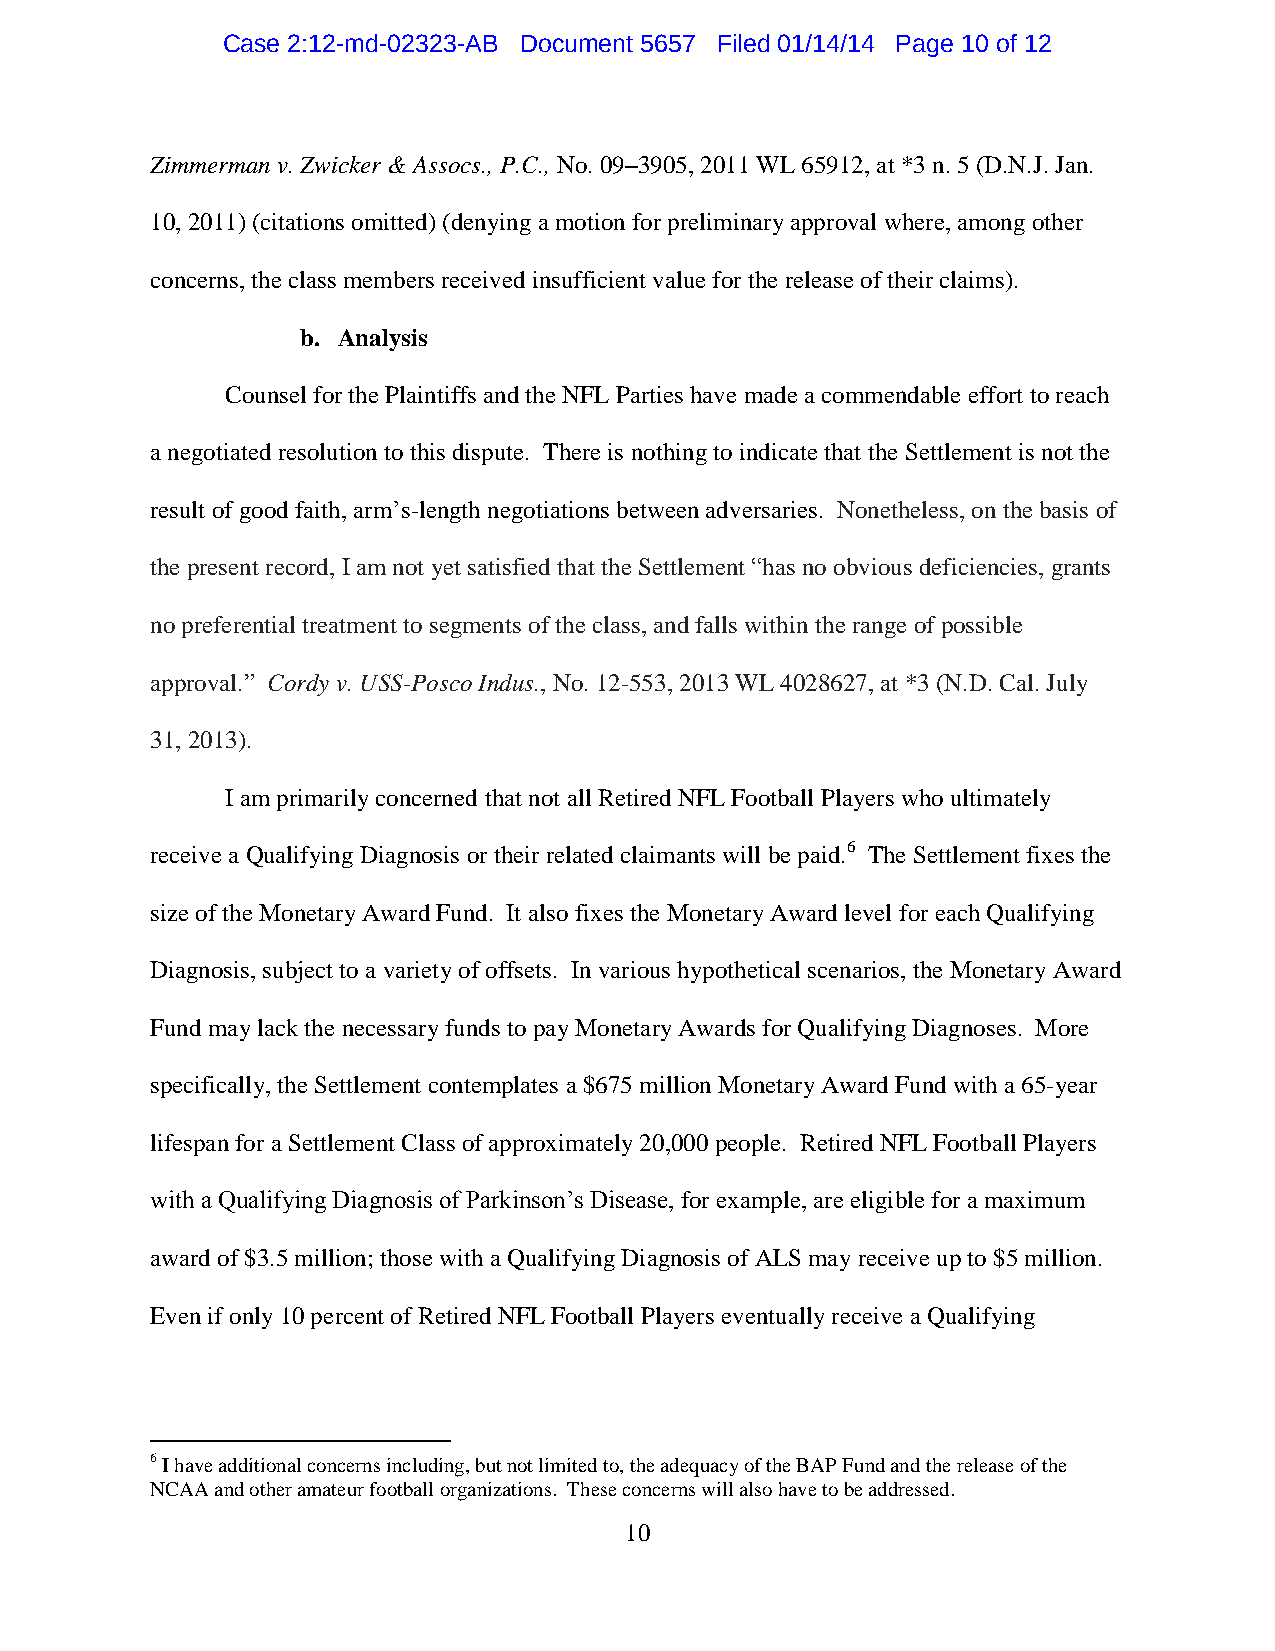
Case 2:12-md-02323-AB Document 5657 Filed 01/14/14 Page 10 of 12
 Zimmerman v. Zwicker & Assocs., P.C., No. 09–3905, 2011 WL 65912, at *3 n. 5 (D.N.J. Jan.
 10, 2011) (citations omitted) (denying a motion for preliminary approval where, among other
 concerns, the class members received insufficient value for the release of their claims).
 b. Analysis
 Counsel for the Plaintiffs and the NFL Parties have made a commendable effort to reach
 a negotiated resolution to this dispute. There is nothing to indicate that the Settlement is not the
 result of good faith, arm’s-length negotiations between adversaries. Nonetheless, on the basis of
 the present record, I am not yet satisfied that the Settlement “has no obvious deficiencies, grants
 no preferential treatment to segments of the class, and falls within the range of possible
 approval.” Cordy v. USS-Posco Indus., No. 12-553, 2013 WL 4028627, at *3 (N.D. Cal. July
 31, 2013).
 I am primarily concerned that not all Retired NFL Football Players who ultimately
 receive a Qualifying Diagnosis or their related claimants will be paid.6 The Settlement fixes the
 size of the Monetary Award Fund. It also fixes the Monetary Award level for each Qualifying
 Diagnosis, subject to a variety of offsets. In various hypothetical scenarios, the Monetary Award
 Fund may lack the necessary funds to pay Monetary Awards for Qualifying Diagnoses. More
 specifically, the Settlement contemplates a $675 million Monetary Award Fund with a 65-year
 lifespan for a Settlement Class of approximately 20,000 people. Retired NFL Football Players
 with a Qualifying Diagnosis of Parkinson’s Disease, for example, are eligible for a maximum
 award of $3.5 million; those with a Qualifying Diagnosis of ALS may receive up to $5 million.
 Even if only 10 percent of Retired NFL Football Players eventually receive a Qualifying
 6 I have additional concerns including, but not limited to, the adequacy of the BAP Fund and the release of the
 NCAA and other amateur football organizations. These concerns will also have to be addressed.
 10